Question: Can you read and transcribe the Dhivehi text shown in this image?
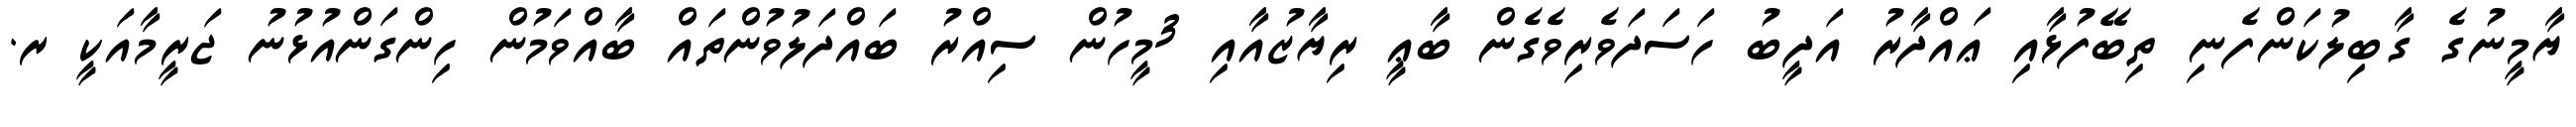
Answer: ޔާމީނުގެ ގާބިލުކަންފެނި ތިބޭފުޅާއި ޢައްދާރު އަދީބު ހަސަދަވެރިވެގެން ބާޢީ ރިޔާޒުއާއި 3މީހުން ސިއްރު ބައްދަލުވުންތައް ބާއްވަމުން ހިންގަންއުޅުނު ޖަރީމާއަކީ ރ.